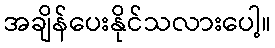
အချိန်ပေးနိုင်သလားပေါ့။